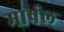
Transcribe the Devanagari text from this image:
मार्षल